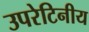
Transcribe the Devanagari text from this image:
उपरेटिनीय